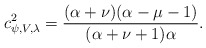
\begin{align*}c^2_{\psi, V,\lambda}=\frac{(\alpha+\nu)(\alpha-\mu-1)}{(\alpha+\nu+1)\alpha}.\end{align*}